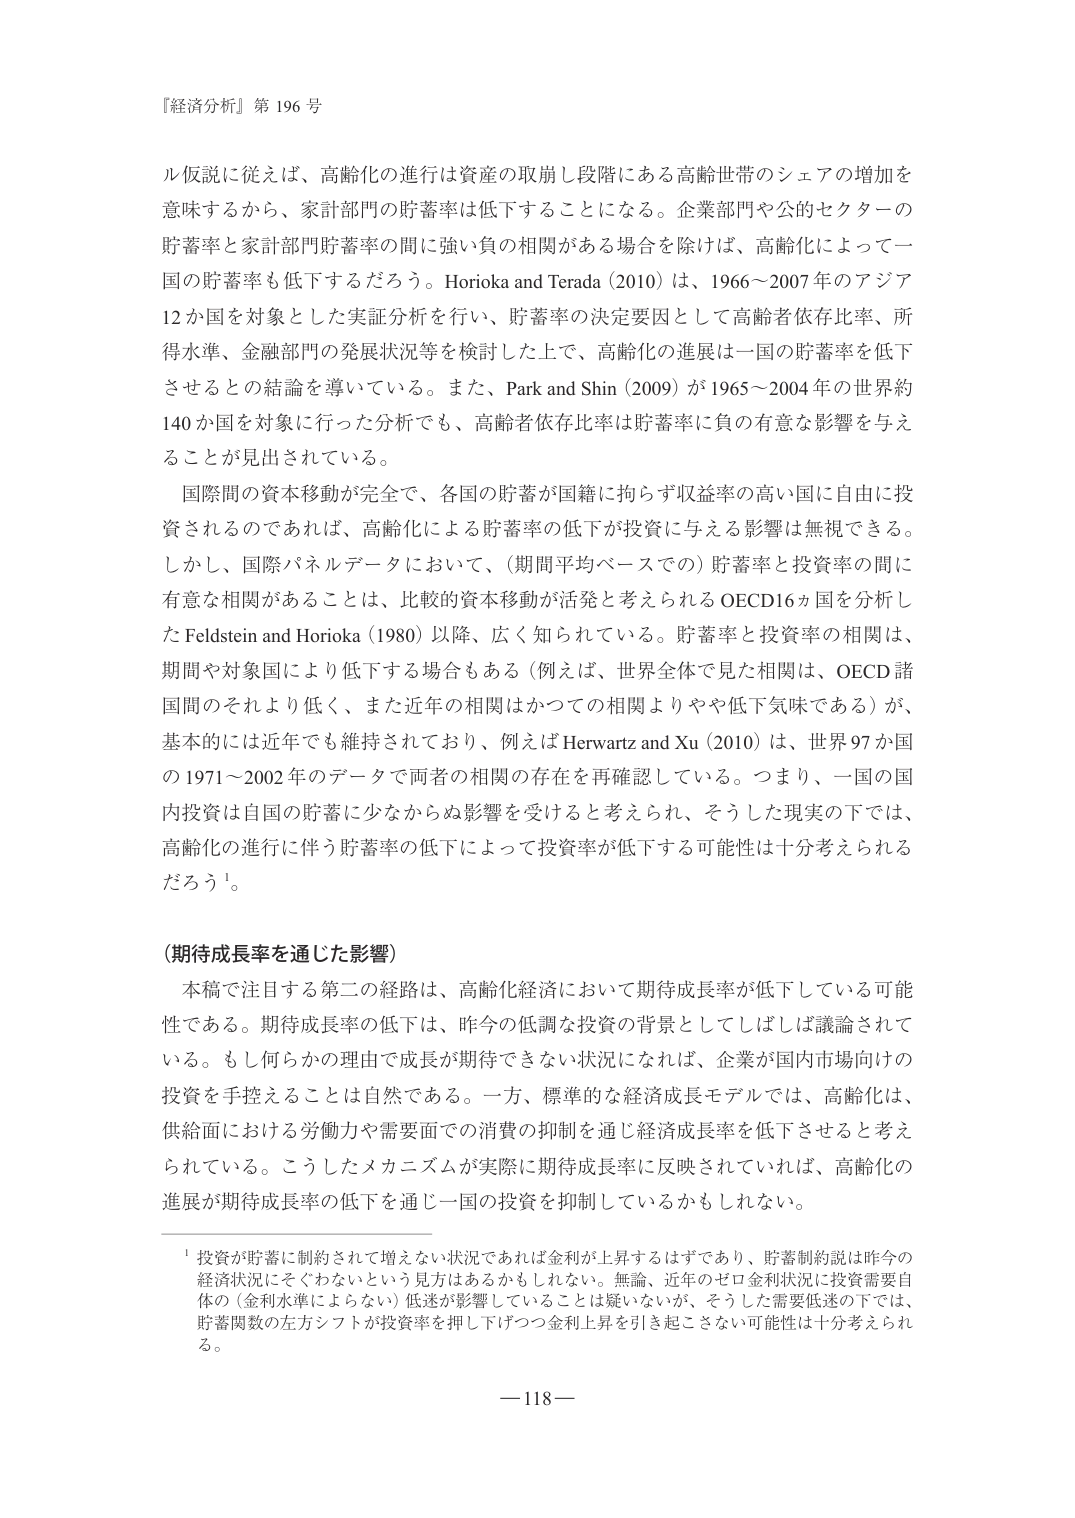
『経済分析』第 196 号

ル仮説に従えば、高齢化の進行は資産の取崩し段階にある高齢世帯のシェアの増加を
意味するから、家計部門の貯蓄率は低下することになる。企業部門や公的セクターの
貯蓄率と家計部門貯蓄率の間に強い負の相関がある場合を除けば、高齢化によって一
国の貯蓄率も低下するだろう。Horioka and Terada (2010) は、1966～2007 年のアジア
12 か国を対象とした実証分析を行い、貯蓄率の決定要因として高齢者依存比率、所
得水準、金融部門の発展状況等を検討した上で、高齢化の進展は一国の貯蓄率を低下
させるとの結論を導いている。また、Park and Shin (2009) が 1965～2004 年の世界約
140 か国を対象に行った分析でも、高齢者依存比率は貯蓄率に負の有意な影響を与え
ることが見出されている。

国際間の資本移動が完全で、各国の貯蓄が国籍に拘らず収益率の高い国に自由に投
資されるのであれば、高齢化による貯蓄率の低下が投資に与える影響は無視できる。
しかし、国際パネルデータにおいて、（期間平均ベースでの）貯蓄率と投資率の間に
有意な相関があることは、比較的資本移動が活発と考えられる OECD16 か国を分析し
た Feldstein and Horioka (1980) 以降、広く知られている。貯蓄率と投資率の相関は、
期間や対象国により低下する場合もある（例えば、世界全体で見た相関は、OECD 諸
国間のそれより低く、また近年の相関はかつての相関よりやや低下気味である）が、
基本的には近年でも維持されており、例えば Herwartz and Xu (2010) は、世界 97 か国
の 1971～2002 年のデータで両者の相関の存在を再確認している。つまり、一国の国
内投資は自国の貯蓄に少なからぬ影響を受けると考えられ、そうした現実の下では、
高齢化の進行に伴う貯蓄率の低下によって投資率が低下する可能性は十分考えられる
だろう¹。

（期待成長率を通じた影響）

本稿で注目する第二の経路は、高齢化経済において期待成長率が低下している可能
性である。期待成長率の低下は、昨今の低調な投資の背景としてしばしば議論されて
いる。もし何らかの理由で成長が期待できない状況になれば、企業が国内市場向けの
投資を手控えることは自然である。一方、標準的な経済成長モデルでは、高齢化は、
供給面における労働力や需要面での消費の抑制を通じ経済成長率を低下させると考え
られている。こうしたメカニズムが実際に期待成長率に反映されていれば、高齢化の
進展が期待成長率の低下を通じ一国の投資を抑制しているかもしれない。

¹ 投資が貯蓄に制約されて増えない状況であれば金利が上昇するはずであり、貯蓄制約説は昨今の
経済状況にそぐわないという見方はあるかもしれない。無論、近年のゼロ金利状況に投資需要自
体の（金利水準によらない）低迷が影響していることは疑いないが、そうした需要低迷の下では、
貯蓄関数の左方シフトが投資率を押し下げつつ金利上昇を引き起こさない可能性は十分考えられ
る。

— 118 —